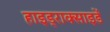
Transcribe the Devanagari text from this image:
हाइड्राक्साइडें